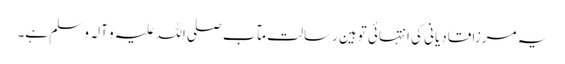
یہ مرزا قادیانی کی انتہائی توہین رسالت مآب صلی اللہ علیہ و آلہ و سلم ہے۔